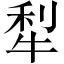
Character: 犁